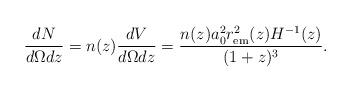
LaTeX: \begin{align*}\frac{dN}{ d\Omega dz } = n(z) \frac{dV}{ d\Omega dz} = \frac{n(z) a^2_0 r_{\rm em}^2(z) H^{-1} (z)}{ (1+z)^3}. \end{align*}